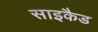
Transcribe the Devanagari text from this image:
साइकैड